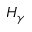
H _ { \gamma }